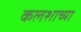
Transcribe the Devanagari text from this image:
कलशाच्या